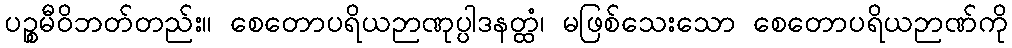
ပဉ္စမီဝိဘတ်တည်း။ စေတောပရိယဉာဏုပ္ပါဒနတ္ထံ၊ မဖြစ်သေးသော စေတောပရိယဉာဏ်ကို